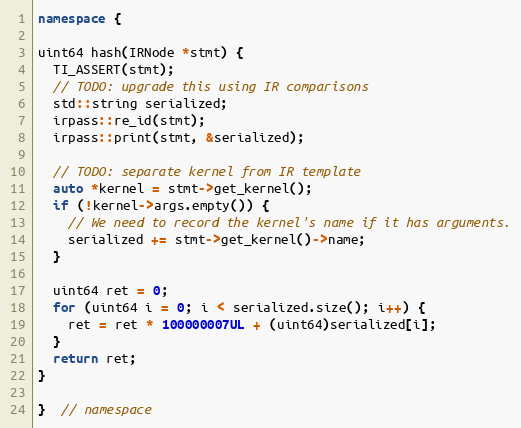
Language: C++
namespace {

uint64 hash(IRNode *stmt) {
  TI_ASSERT(stmt);
  // TODO: upgrade this using IR comparisons
  std::string serialized;
  irpass::re_id(stmt);
  irpass::print(stmt, &serialized);

  // TODO: separate kernel from IR template
  auto *kernel = stmt->get_kernel();
  if (!kernel->args.empty()) {
    // We need to record the kernel's name if it has arguments.
    serialized += stmt->get_kernel()->name;
  }

  uint64 ret = 0;
  for (uint64 i = 0; i < serialized.size(); i++) {
    ret = ret * 100000007UL + (uint64)serialized[i];
  }
  return ret;
}

}  // namespace